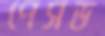
পেসড